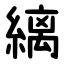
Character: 縭